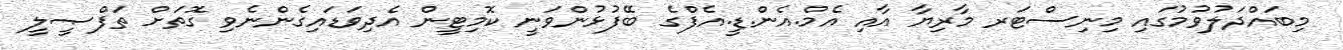
މިބައްދަލުވުމުގައި މިނިސްޓަރ މާރިޔާ އާއި އެމް.އެން.ޑީ.އެފްގެ ބޭފުޅުންވަނީ ކޮމިޓީން އެދިވަޑައިގެންނެވި ގޮތަށް ތަފްޞީލީ